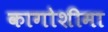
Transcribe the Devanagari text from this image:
कागोशीमा